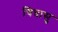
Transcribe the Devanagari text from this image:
चिन्रासु